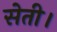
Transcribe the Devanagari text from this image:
सेती।